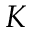
K